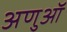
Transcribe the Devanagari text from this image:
अणुऑ